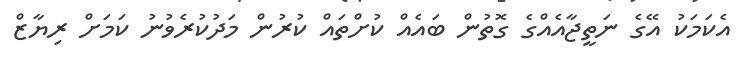
އެކަމަކު އޭގެ ނަތީޖާއެއްގެ ގޮތުން ބައެއް ކުށްތައް ކުރުން މަދުކުރެވުނު ކަމަށް ރިޔާޒް